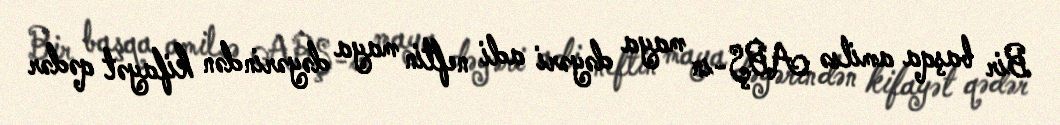
Bir başqa amilsə ABŞ-ın maya dəyəri adi neftin maya dəyərindən kifayət qədər